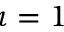
\iota = 1